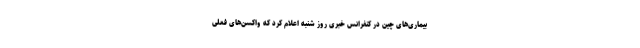
بیماری‌های چین در کنفرانس خبری روز شنبه اعلام کرد که واکسن‌های فعلی